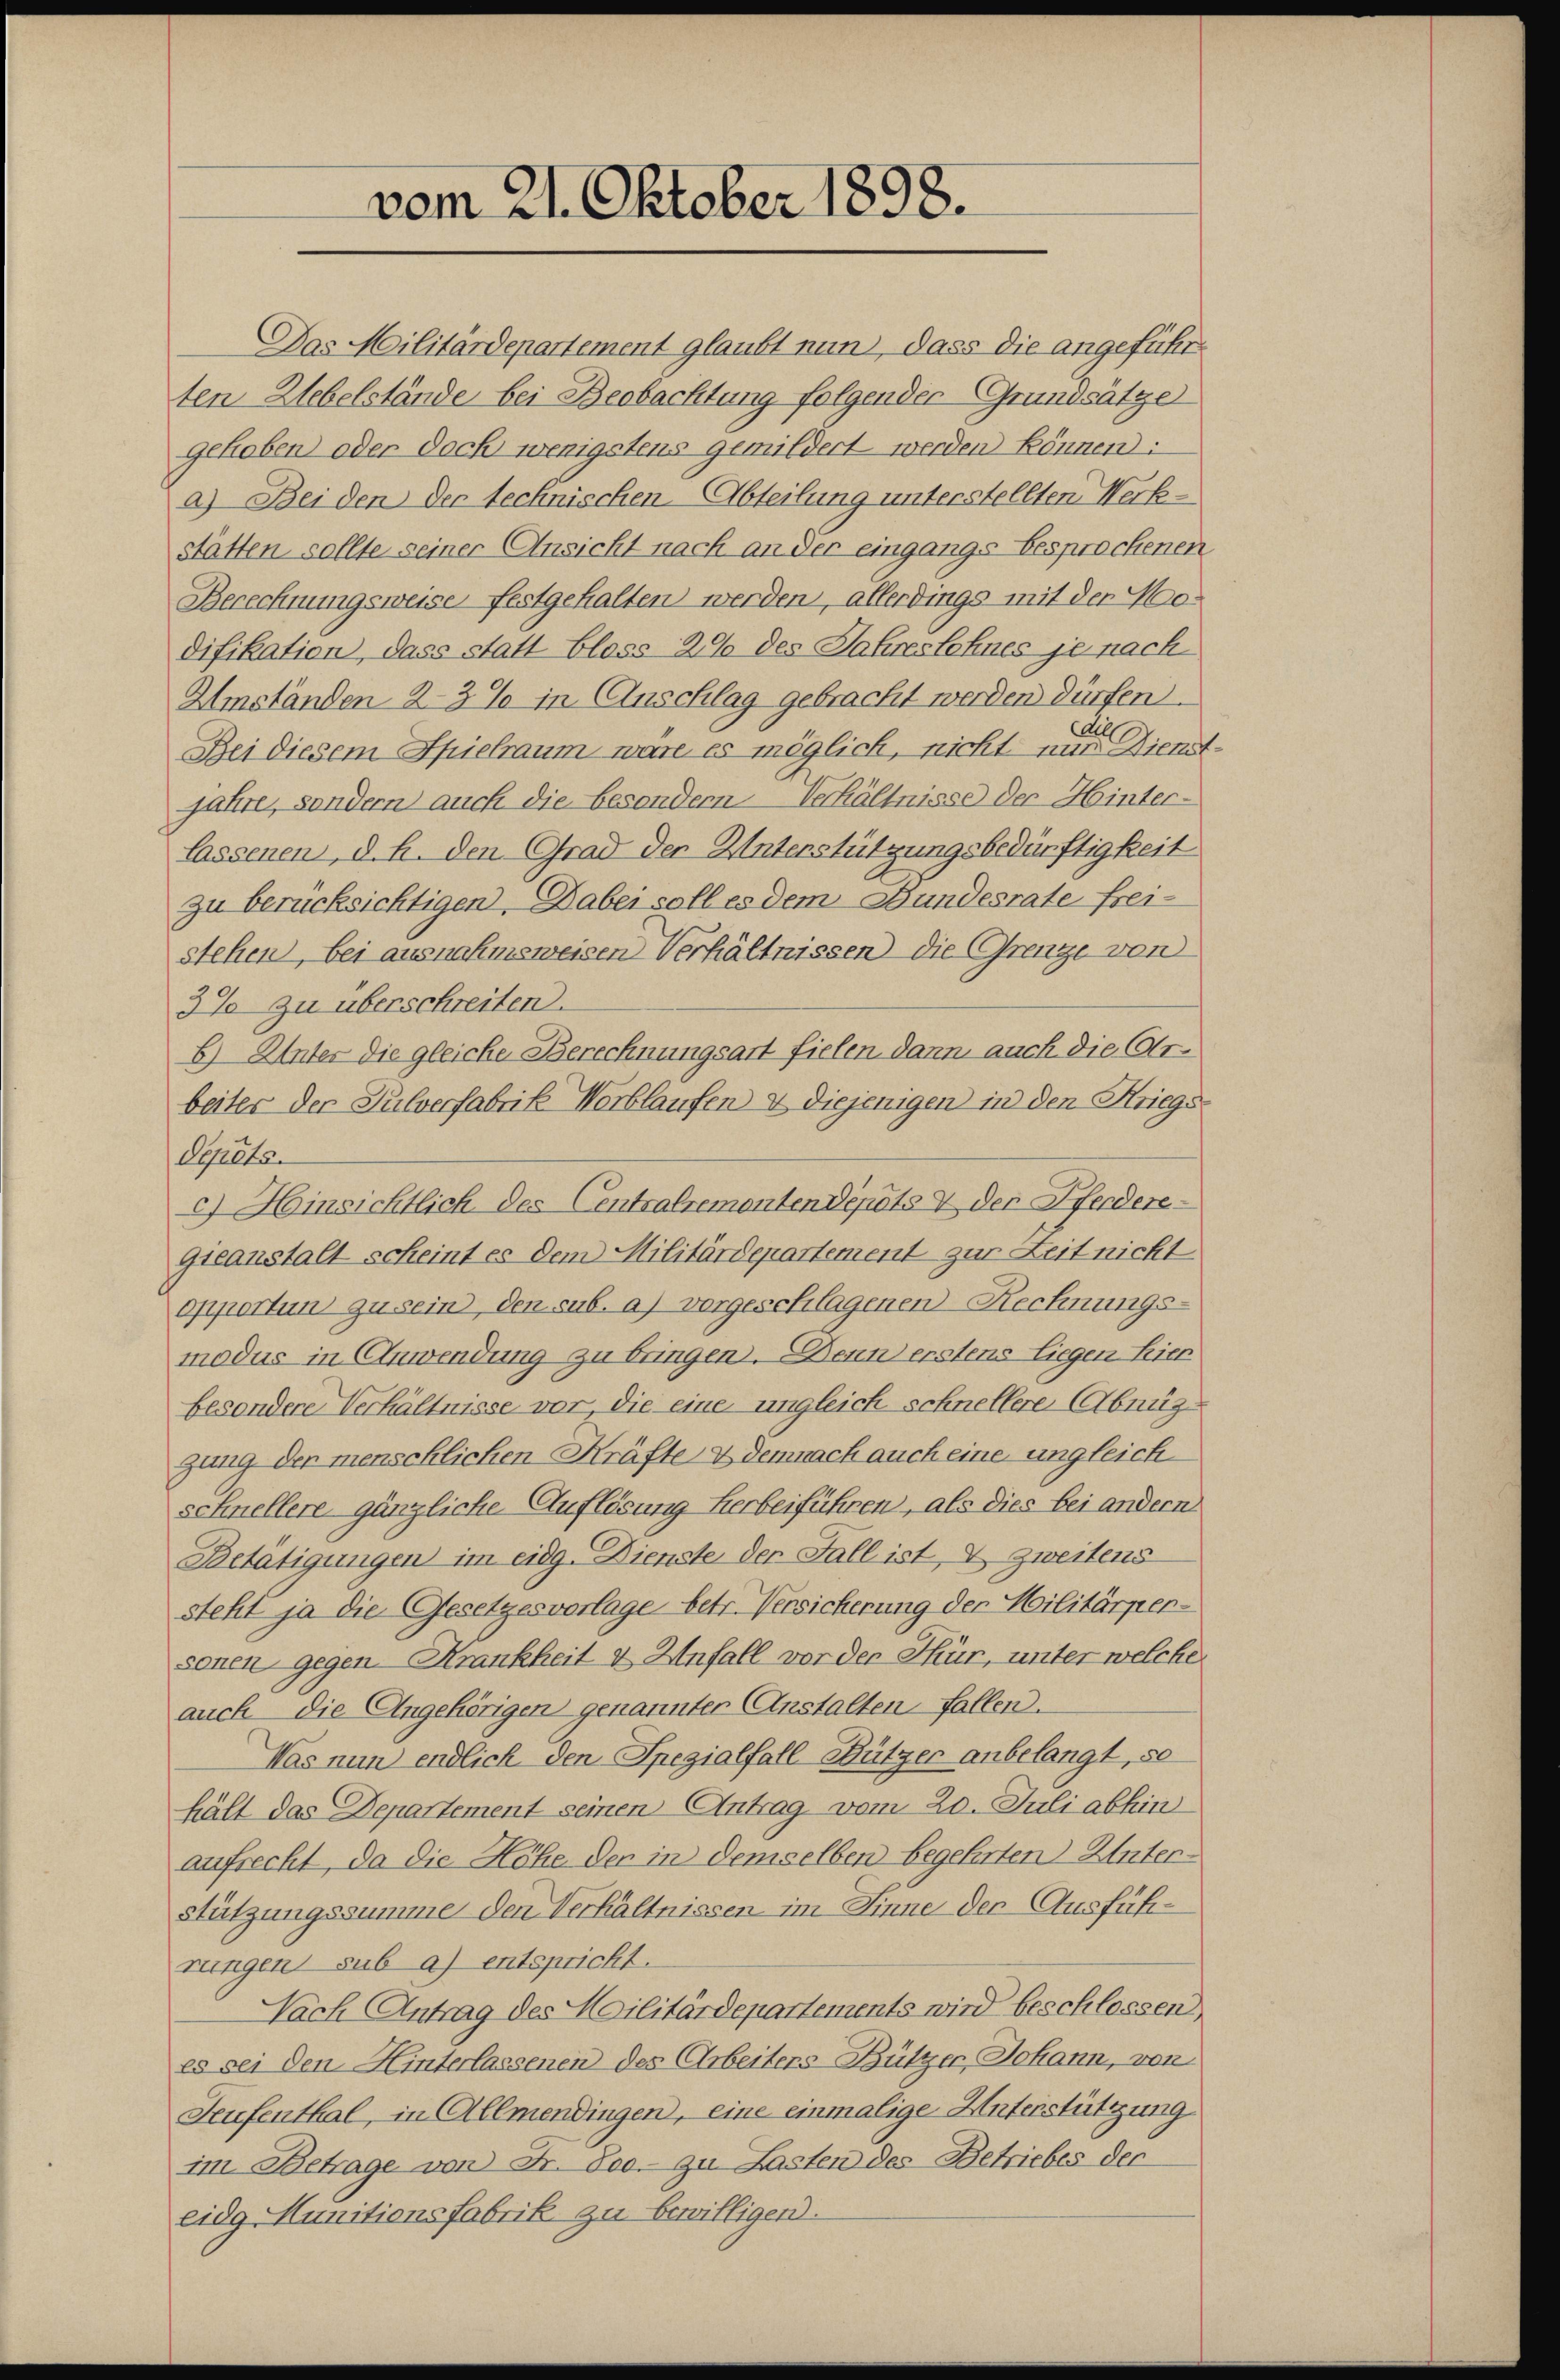
vom 21. Oktober 1898.

Das Militärdepartement glaubt nun, dass die angeführ
ten Uebelstände bei Beobachtung folgender Grundsätze
gehoben) oder doch wenigstens gemildert werden können:
a) Bei den der technischen Abteilung unterstellten Werkstätten sollte seiner Ansicht nach an der eingangs besprochenen
Berechnungsweise festgehalten werden, allerdings mit der Modifikation, dass statt bloss 2% des Jahreslohnes je nach
Umständen 23% in Anschlag gebracht werden dürfen
Bei diesem Spielraum wäre es möglich, nicht mit Dienst
jahre, sondern auch die besondern Verhältnisse der Hinterlassenen, d. h. den Grad der Unterstützungsbedürftigkeit
zu berücksichtigen. Dabei soll es dem Bundesrate freistehen, bei ausnahmsweisen Verhältnissen die Grenze von
3% zu überschreiten.
6) Unter die gleiche Berechnungsart fielen dann auch die Arbeiter der Sulverfabrik Verblaufen & diejenigen in den Kriegs¬
Seuchen
c) Hinsichtlich des Centralremonten Depots & der Pferdere
gieanstalt scheint es dem Militärdepartement zur Zeit nicht
opportun zu sein), den sub. a) vorgeschlagenen Rechnungs-
modus in Anwendung zu bringen. Denn erstens liegen hier
besondere Verhältnisse vor, die eine ungleich schnellere Abnüggang der menschlichen Kräfte & demnach auch eine ungleichschnellere gänzliche Auflösung herbeiführen, als dies bei andern
Betätigungen im eidg. Dienste der Fall ist, & zweitens
steht ja die Gesetzesvorlage betr. Versicherung der Militärper-
sonen gegen Krankheit & Unfall vor der Thür, unter welche
auch die Angehörigen genannter Anstalten fallen.
Was nun endlich den Spezialfall-Bützer anbelangt, so
hält das Departement seinen Antrag vom 20. Juli abhin
aufrecht, da die Höhe der in demselben begehrten Unterstützungssumme den Verhältnissen im Sinne der Ausführungen sub a) entspricht.
Nach Antrag des Militärdepartements wird beschlossen
es sei den Hinterlassenen des Arbeiters Bützer, Johann, von
Teufenthal, in Allmendingen, eine einmalige Unterstützung
im Betrage von Fr. Soo zu Lasten des Betriebes der
eidg Munitionsfabrik zu bewilligen.